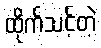
ထိုက်သင့်တဲ့